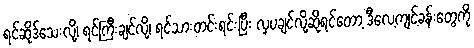
ရင်ဆိုဒ်သေးလို့၊ ရင်ကြီးချင်လို့၊ ရင်သားတင်းရင်းပြီး လှပချင်လို့ဆိုရင်တော့ ဒီလေ့ကျင့်ခန်းတွေကို